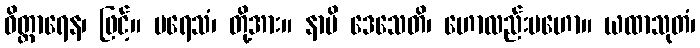
ဝိတ္ထာရေန၊ ဖြင့်။ ပရေသံ၊ တို့အား။ နာပိ ဒေသေတိ၊ ဟောလည်းမဟော။ ယထာသုတံ၊